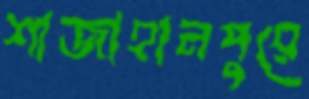
শাজাহানপুরে